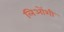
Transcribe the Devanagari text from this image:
लिओंशी